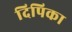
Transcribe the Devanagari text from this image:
दिपिका